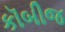
કૉબીજ